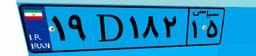
۱۹D۱۸۲۱۵